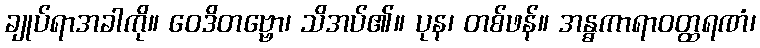
ချုပ်ရာအခါကို။ ဝေဒိတဗ္ဗော၊ သိအပ်၏။ ပုန၊ တစ်ဖန်။ အန္ဓကာရာဝတ္ထရဏံ၊